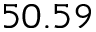
5 0 . 5 9